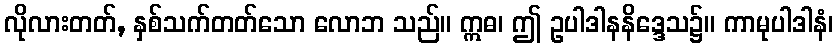
လိုလားတတ်, နှစ်သက်တတ်သော လောဘ သည်။ ဣဓ၊ ဤ ဥပါဒါနနိဒ္ဒေသ၌။ ကာမုပါဒါနံ၊